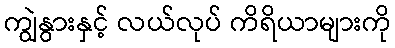
ကျွဲနွားနှင့် လယ်လုပ် ကိရိယာများကို